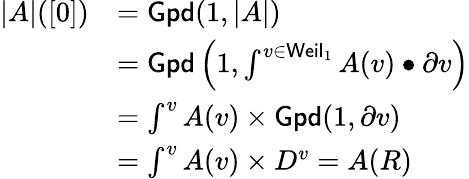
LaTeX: \begin{array}{rl}{|A|([0])}&{=\mathsf{Gpd}(1,|A|)}\\ &{=\mathsf{Gpd}\left(1,\int^{v\in\mathsf{Weil}_{1}}A(v)\bullet\partial v\right)}\\ &{=\int^{v}A(v)\times\mathsf{Gpd}(1,\partial v)}\\ &{=\int^{v}A(v)\times D^{v}=A(R)}\end{array}